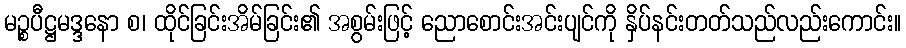
မဉ္စပီဋ္ဌမဒ္ဒနော စ၊ ထိုင်ခြင်းအိမ်ခြင်း၏ အစွမ်းဖြင့် ညောစောင်းအင်းပျင်ကို နှိပ်နင်းတတ်သည်လည်းကောင်း။